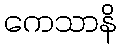
ကေသာနိ